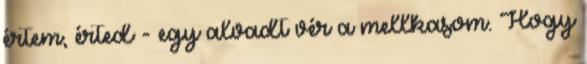
értem, érted - egy alvadt vér a mellkasom. Hogy